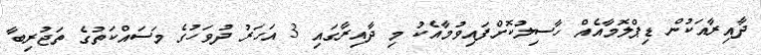
ދާއިރާއަކުން ޑިޕްލޮމާއެއް ހާސިލުކޮށްފައިވުމާއެކު މި ދާއިރާގައި 3 އަހަރު ދުވަހުގެ މަސައްކަތުގެ ތަޖުރިބާ